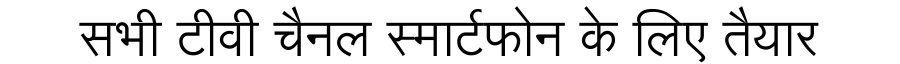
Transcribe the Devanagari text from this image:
सभी टीवी चैनल स्मार्टफोन के लिए तैयार